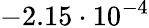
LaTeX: -2.15\cdot 10^{-4}